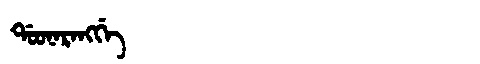
Manchu: ᡩᠣᠣᠨᠠᡵᠠᠩᡤᡝ
Romanization: DOONARANGGE